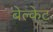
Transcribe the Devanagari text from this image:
बेल्केट